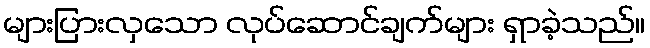
များပြားလှသော လုပ်ဆောင်ချက်များ ရှာခဲ့သည်။